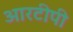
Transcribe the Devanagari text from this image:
आरटीपी